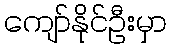
ကျော်နိုင်ဦးမှာ